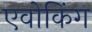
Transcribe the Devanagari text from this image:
एवोकिंग